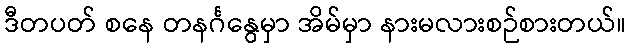
ဒီတပတ် စနေ တနင်္ဂနွေမှာ အိမ်မှာ နားမလားစဉ်စားတယ်။